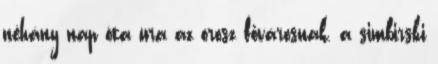
néhány nap óta ura az orosz fővárosnak, a simbirski